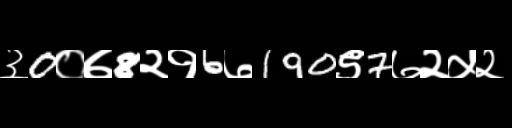
Text: ३0०७8२१6७190९7७२५२